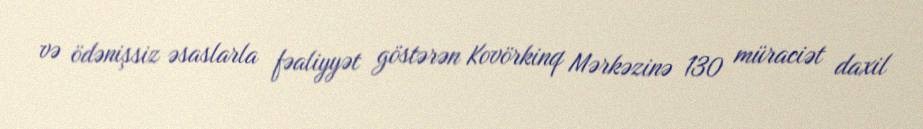
və ödənişsiz əsaslarla fəaliyyət göstərən Kovörkinq Mərkəzinə 130 müraciət daxil